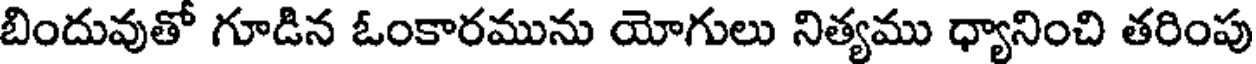
బిందువుతో గూడిన ఓంకారమును యోగులు నిత్యము ధ్యానించి తరింపు